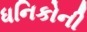
ધનિકોની